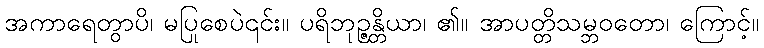
အကာရေတွာပိ၊ မပြုစေပဲ၎င်း။ ပရိဘုဉ္ဇန္တိယာ၊ ၏။ အာပတ္တိသမ္ဘဝတော၊ ကြောင့်။